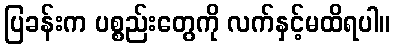
ပြခန်းက ပစ္စည်းတွေကို လက်နှင့်မထိရပါ။